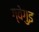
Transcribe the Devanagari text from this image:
ग्वेगुइ